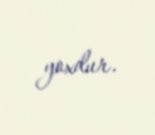
yoxdur.